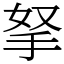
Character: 拏